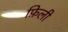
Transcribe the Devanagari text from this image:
फ़िली